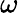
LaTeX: \omega_{}